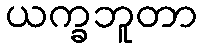
ယက္ခဘူတာ